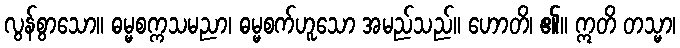
လွန်စွာသော။ ဓမ္မစက္ကသမညာ၊ ဓမ္မစက်ဟူသော အမည်သည်။ ဟောတိ၊ ၏။ ဣတိ တသ္မာ၊